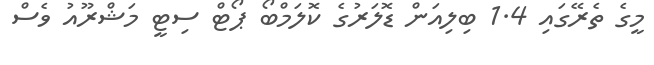
މީގެ ތެރޭގައި 1.4 ބިލިއަން ޑޮލަރުގެ ކޮލަމްބޯ ޕޯޓް ސިޓީ މަޝްރޫއު ވެސް